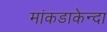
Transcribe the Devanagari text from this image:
मांकडाकेन्दा